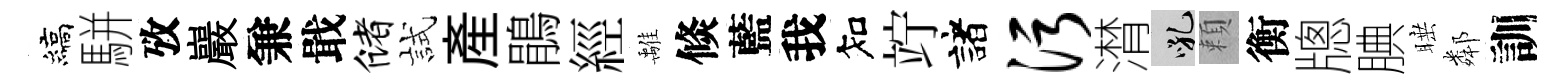
縞駢攷巖兼戢储試産鵑經𩀌倐藍我知竚諸污潸吼頼衡牕腆睡鄰訓